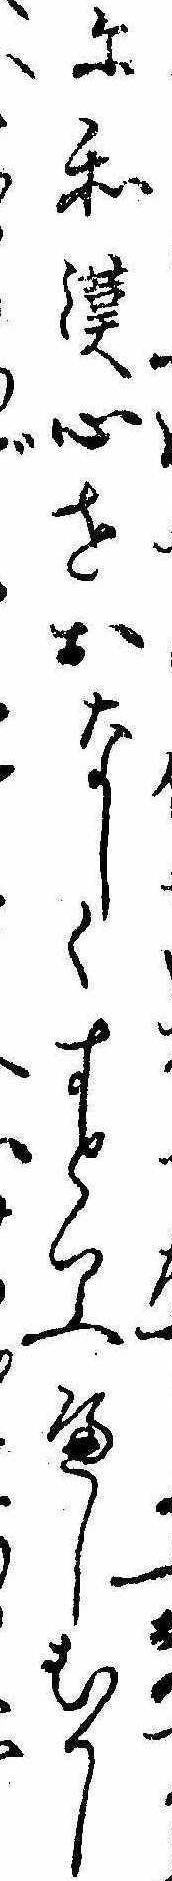
ふに和漢心をおなしくすといふへしむかし